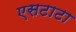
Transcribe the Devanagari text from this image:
एसटाटा